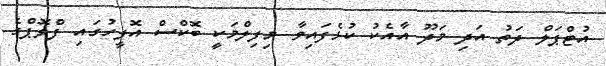
އުޓްޕަލް ދަތު އަދި މަދޫ އާއެކު ކުޅެފައިވާ މިފިލްމަކީ ބޮކްސް އޮފީހުގައި ފްލޮޕްގެ